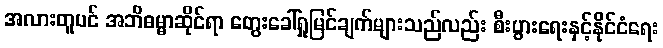
အလားတူပင် အဘိဓမ္မာဆိုင်ရာ တွေးခေါ်ရှုမြင်ချက်များသည်လည်း စီးပွားရေးနှင့်နိုင်ငံရေး